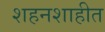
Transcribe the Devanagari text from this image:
शहनशाहीत